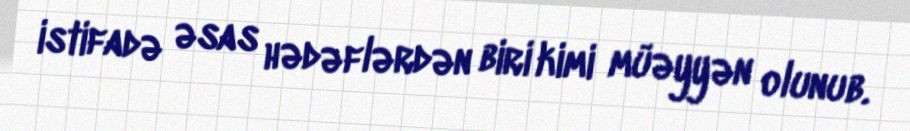
istifadə əsas hədəflərdən biri kimi müəyyən olunub.